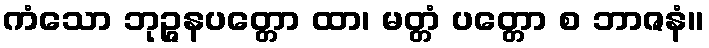
ကံသော ဘုဉ္ဇနပတ္တော ထာ၊ မတ္တံ ပတ္တော စ ဘာဇနံ။